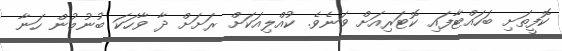
ކޮފީތަށި ބަހައްޓާފައި ކޮޓަރިއަށް ވަނެވެ. ކުއްލިއަކަށް ރަށަށް ދާ ވާހަކަ ބުނުމުން ހަނާ